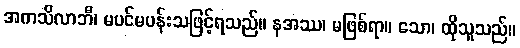
အကသိလာဘီ၊ မပင်မပန်းသဖြင့်ရသည်။ နအဿ၊ မဖြစ်ရာ။ သော၊ ထိုသူသည်။